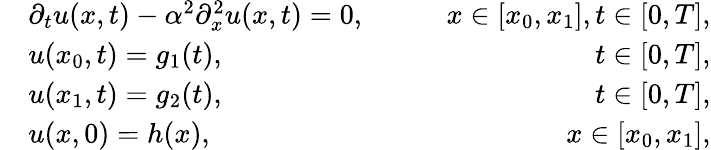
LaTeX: \begin{array}{rlr}&{\partial_{t}u(x,t)-\alpha^{2}\partial_{x}^{2}u(x,t)=0,\qquad}&{x\in[x_{0},x_{1}],t\in[0,T],}\\ &{u(x_{0},t)=g_{1}(t),}&{t\in[0,T],}\\ &{u(x_{1},t)=g_{2}(t),}&{t\in[0,T],}\\ &{u(x,0)=h(x),}&{x\in[x_{0},x_{1}],}\end{array}